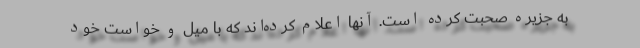
به جزیره صحبت کرده است. آنها اعلام کرده‌اند که با میل و خواست خود